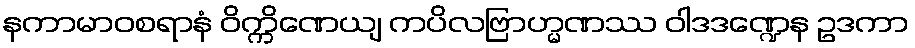
နကာမာဝစရာနံ ဝိက္ကိဏေယျ ကပိလဗြာဟ္မဏဿ ဝါဒဒဏ္ဍေန ဥဒကာ